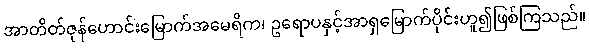
အာတိတ်ဇုန်ဟောင်းမြောက်အမေရိက၊ ဥရောပနှင့်အာရှမြောက်ပိုင်းဟူ၍ဖြစ်ကြသည်။